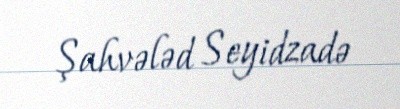
Şahvələd Seyidzadə